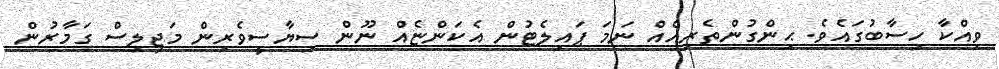
ވިއްކާ ހިސާބުގައެވެ. ޙިންގުންތެރިއެއް ނަމަ ޕައިލެޓުން އެކަންޏެއް ނޫން ސިޔާސީވެރިން މަޖިލިސް ގަމާރުން